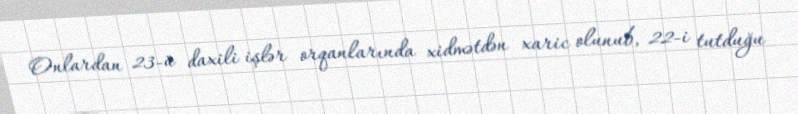
Onlardan 23-ü daxili işlər orqanlarında xidmətdən xaric olunub, 22-i tutduğu